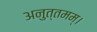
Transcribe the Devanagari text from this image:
अनुत्तमम्‌।